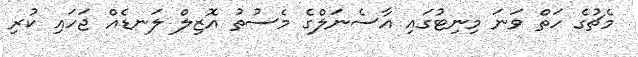
މެޗުގެ ހަތް ވަނަ މިނިޓުގައި އާސެނަލްގެ މެސުތު އޮޒިލް ލަނޑެއް ޖަހައި ކުރި